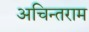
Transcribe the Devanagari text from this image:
अचिन्तराम